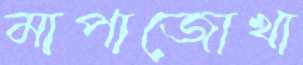
মাপাজোখা